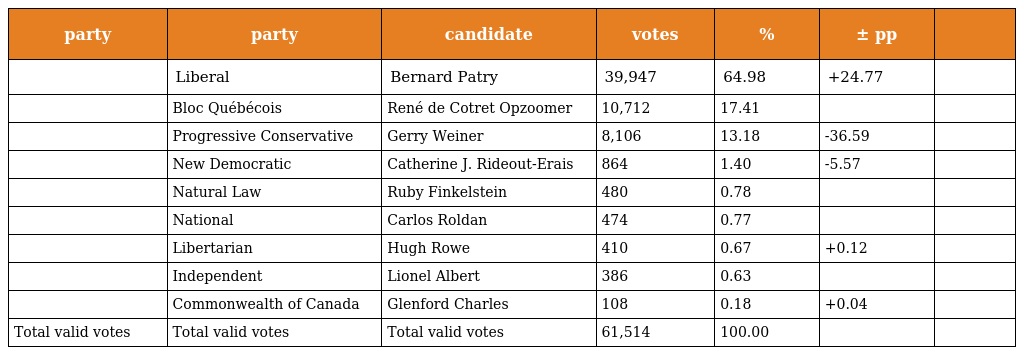
| party | party | candidate | votes | % | ± pp |  |
 | --- | --- | --- | --- | --- | --- | --- |
 |  | Liberal | Bernard Patry | 39,947 | 64.98 | +24.77 |  |
 |  | Bloc Québécois | René de Cotret Opzoomer | 10,712 | 17.41 |  |  |
 |  | Progressive Conservative | Gerry Weiner | 8,106 | 13.18 | -36.59 |  |
 |  | New Democratic | Catherine J. Rideout-Erais | 864 | 1.40 | -5.57 |  |
 |  | Natural Law | Ruby Finkelstein | 480 | 0.78 |  |  |
 |  | National | Carlos Roldan | 474 | 0.77 |  |  |
 |  | Libertarian | Hugh Rowe | 410 | 0.67 | +0.12 |  |
 |  | Independent | Lionel Albert | 386 | 0.63 |  |  |
 |  | Commonwealth of Canada | Glenford Charles | 108 | 0.18 | +0.04 |  |
 | Total valid votes | Total valid votes | Total valid votes | 61,514 | 100.00 |  |  |